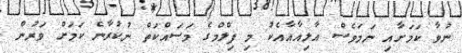
ނުވާ ކަމަށާއި ނަމަވެސް އާލިއާއާއެކު މި ފިލްމްގެ މަސައްކަތް ނުކުރާނެ ކަމަށް ވަރުން